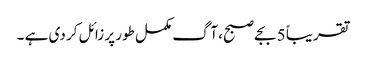
تقریباً 5 بجے صبح، آگ مکمل طور پر زائل کر دی ہے ۔